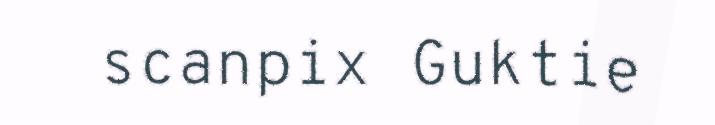
scanpix Guktie